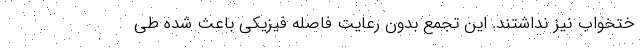
ختخواب نیز نداشتند. این تجمع بدون رعایت فاصله فیزیکی باعث شده طی